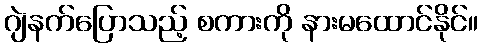
ဂျဲနက်ပြောသည့် စကားကို နားမထောင်နိုင်။